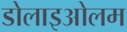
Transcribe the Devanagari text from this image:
डोलाइओलम